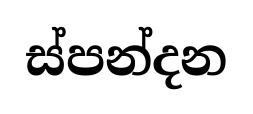
ස්පන්දන